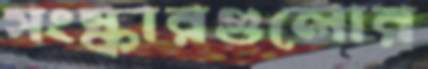
সংস্কারগুলোর